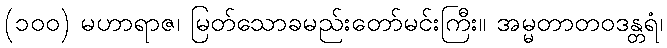
(၁၀၀) မဟာရာဇ၊ မြတ်သောခမည်းတော်မင်းကြီး။ အမ္မတာတဝဒန္တရံ၊